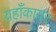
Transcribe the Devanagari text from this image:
यहाँकायर्